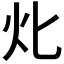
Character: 𤆇